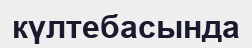
күлтебасында